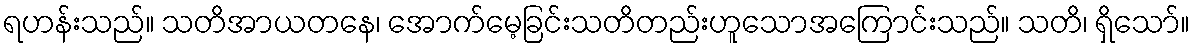
ရဟန်းသည်။ သတိအာယတနေ၊ အောက်မေ့ခြင်းသတိတည်းဟူသောအကြောင်းသည်။ သတိ၊ ရှိသော်။